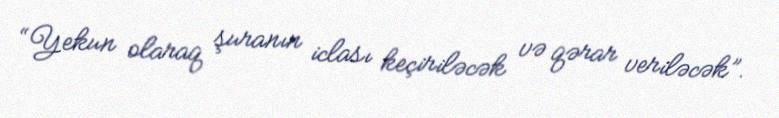
“Yekun olaraq şuranın iclası keçiriləcək və qərar veriləcək”.